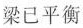
梁已平衡